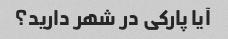
آیا پارکی در شهر دارید؟